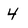
Character: 4